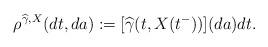
LaTeX: \begin{align*}\rho^{\widehat{\gamma},X}(dt,da) := [\widehat{\gamma}(t,X(t^-))](da)dt.\end{align*}